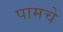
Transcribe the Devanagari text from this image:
पामचे